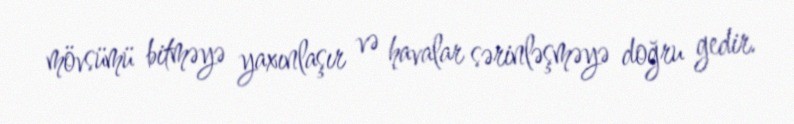
mövsümü bitməyə yaxınlaşır və havalar sərinləşməyə doğru gedir.